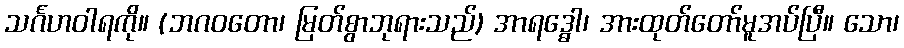
သင်္ဂဟဝါရကို။ (ဘဂဝတော၊ မြတ်စွာဘုရားသည်) အာရဒ္ဓေါ၊ အားထုတ်တော်မူအပ်ပြီ။ သော၊